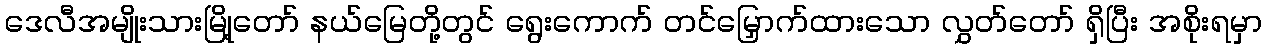
ဒေလီအမျိုးသားမြို့တော် နယ်မြေတို့တွင် ရွေးကောက် တင်မြှောက်ထားသော လွှတ်တော် ရှိပြီး အစိုးရမှာ